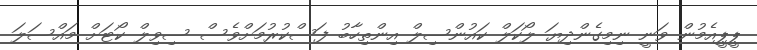
ޕީޕީއެމުން ވަނީ ނިމިގެންދިޔަ ލޯކަލް ކައުންސިލް އިންތިހާބު ފަސްކުރުމަށްވެސް ސިވިލް ކޯޓަށް މައްސަލަ